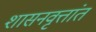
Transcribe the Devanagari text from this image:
शासनवृत्तांत